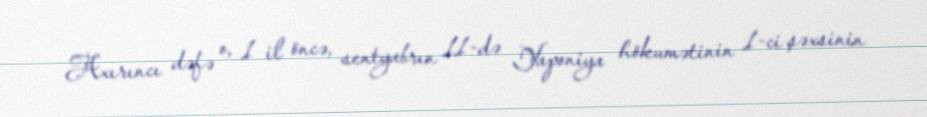
Axırıncı dəfə o, 1 il öncə, sentyabrın 11-də Yaponiya hökumətinin 1-ci şəxsinin